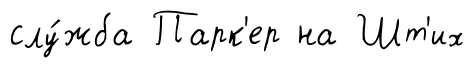
слу́жба Парк'ер на Шт'их